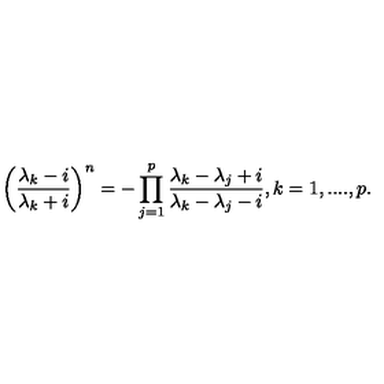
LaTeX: \left( \frac { \lambda _ { k } - i } { \lambda _ { k } + i } \right) ^ { n } = - \prod _ { j = 1 } ^ { p } \frac { \lambda _ { k } - \lambda _ { j } + i } { \lambda _ { k } - \lambda _ { j } - i } , k = 1 , . . . . , p .